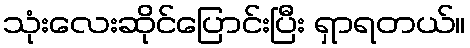
သုံးလေးဆိုင်ပြောင်းပြီး ရှာရတယ်။